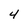
Character: 4